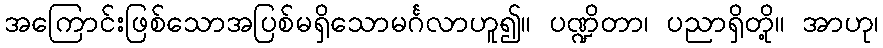
အကြောင်းဖြစ်သောအပြစ်မရှိသောမင်္ဂလာဟူ၍။ ပဏ္ဍိတာ၊ ပညာရှိတို့။ အာဟု၊